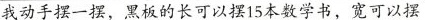
我动手摆一摆，黑板的长可以摆15本数学书，宽可以摆